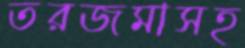
তরজমাসহ